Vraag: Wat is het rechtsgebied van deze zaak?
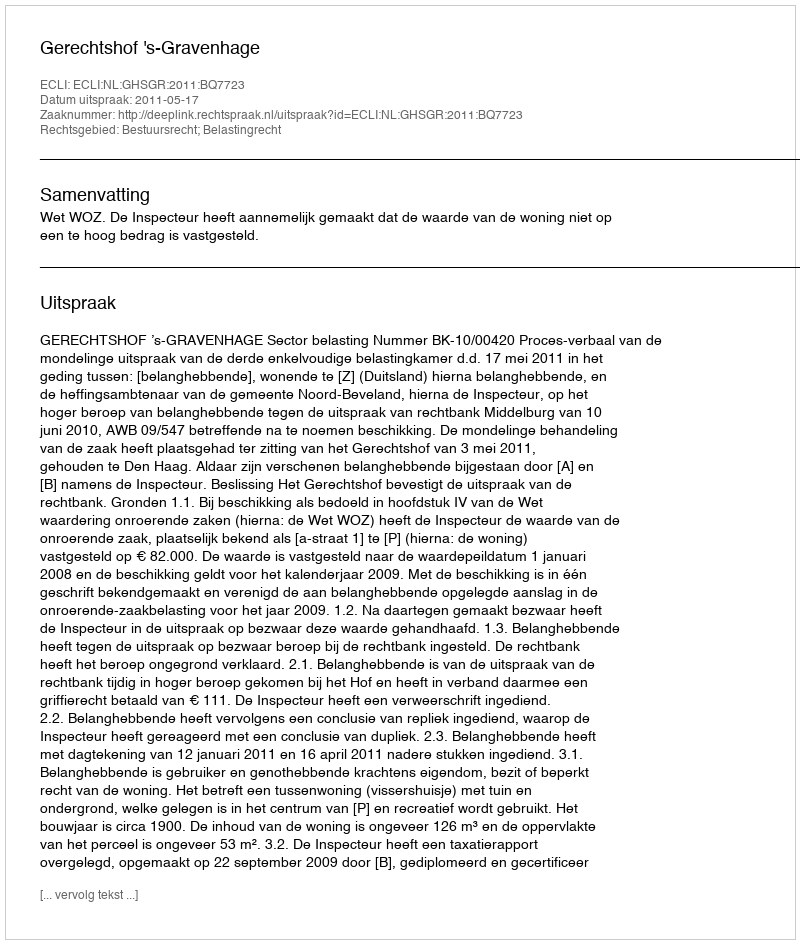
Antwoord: Bestuursrecht; Belastingrecht